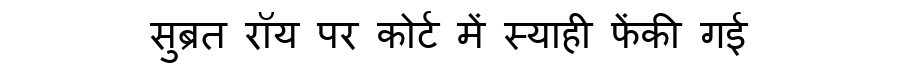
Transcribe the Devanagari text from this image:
सुब्रत रॉय पर कोर्ट में स्याही फेंकी गई